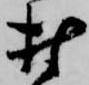
村